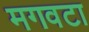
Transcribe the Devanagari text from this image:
मगवटा